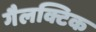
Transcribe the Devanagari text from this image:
गैलक्टिक